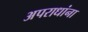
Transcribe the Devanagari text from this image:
अपराधांना